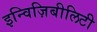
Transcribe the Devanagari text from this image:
इन्विज़िबीलिटी